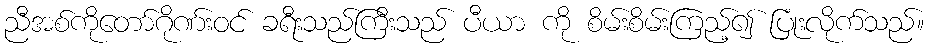
ညီအစ်ကိုတော်ဂိုဏ်းဝင် ခရီးသည်ကြီးသည် ပီယာ ကို စိမ်းစိမ်းကြည့်၍ ပြုံးလိုက်သည်။